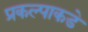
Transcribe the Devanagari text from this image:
प्रकल्पाकडे